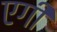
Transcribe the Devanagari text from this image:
एगी